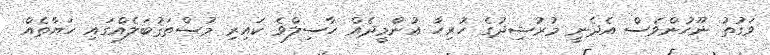
ވަގުތު ނޫހުންވެސް އެދެނީ މުރުޝިދުގެ ހުރިހާ އުންމީދެއް ހާސިލްވެ ކައިރި މުސްތަޤުބަލެއްގައި ހަޔާާތެއް